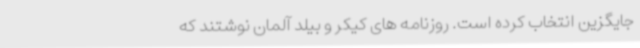
جایگزین انتخاب کرده است. روزنامه های کیکر و بیلد آلمان نوشتند که